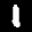
Label: 1